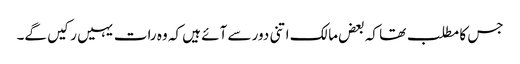
جس کا مطلب تھا کہ بعض مالک اتنی دور سے آئے ہیں کہ وہ رات یہیں رکیں گے۔